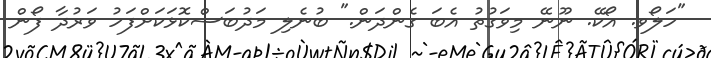
"ހަލޯވ. އޯކޭ. ނޫނޭ މިވަގުތު އެބަ ގެންދަން." ބުނެލި މަދުބަސްކޮޅަކަށްފަހު ވަރުދާ ފޯން